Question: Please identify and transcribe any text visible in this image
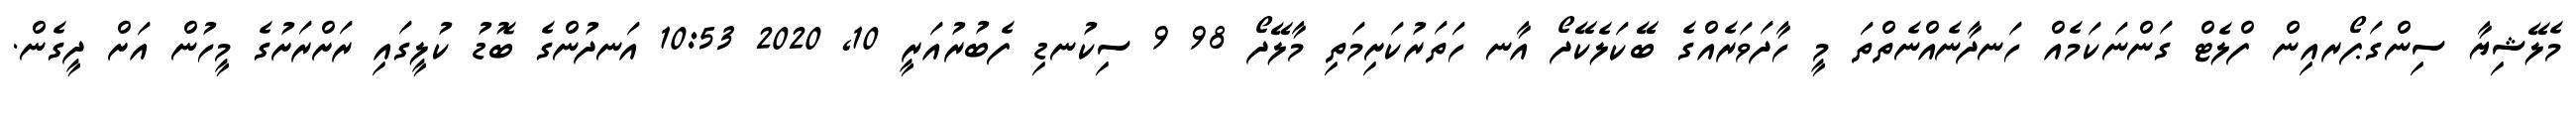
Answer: މެލޭޝިޔާ ސިންގަޕޯރއިން ފްލެޓް ގަންނަކަމެއް ހަނދާނެއްނެތްތަ މީ ހާދަވަރެއްގެ ބޭކަލެކޭދޯ އާނ ހަތަރުކަށިމަތި މާލޭދޯ 98 9 ސިކުނޑި ފެބުރުއަރީ 10, 2020 10:53 އަނދުންގެ ބޮޑު ކުލީގައި ރަށްރަށުގެ މީހުން އަށް ދީގެން.